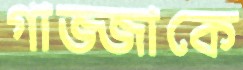
গাজ্জাকে